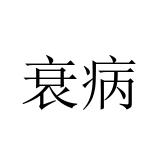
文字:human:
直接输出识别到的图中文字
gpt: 衰病